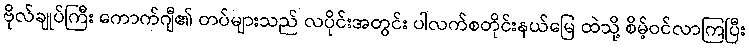
ဗိုလ်ချုပ်ကြီး ကောက်ဂျီ၏ တပ်များသည် လပိုင်းအတွင်း ပါလက်စတိုင်းနယ်မြေ ထဲသို့ စိမ့်ဝင်လာကြပြီး